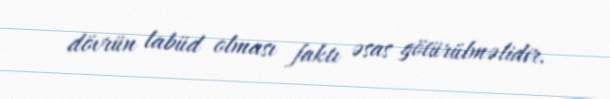
dövrün labüd olması faktı əsas götürülməlidir.